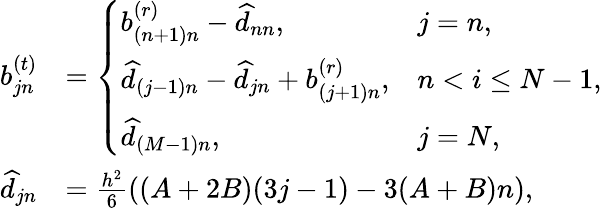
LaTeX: \begin{array}{rl}{b_{jn}^{(t)}}&{=\left\{ \begin{array}{ll}{b_{(n+1)n}^{(r)}-\widehat{d}_{nn},}&{j=n,}\\ {\widehat{d}_{(j-1)n}-\widehat{d}_{jn}+b_{(j+1)n}^{(r)},}&{n<i\leq N-1,}\\ {\widehat{d}_{(M-1)n},}&{j=N,\; }\end{array}\right.}\\ {\widehat{d}_{jn}}&{=\frac{h^{2}}{6}\left((A+2B)(3j-1)-3(A+B)n\right),}\end{array}